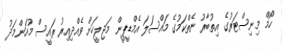
ހޯމް މިނިސްޓަރުގެ އިތުބާރު ނެތްކަމުގެ މައްސަލަ އެމްޑީޕީން މަޖިލީހަށް ވެއްދިއިރު ރައީސް މުހަންމަދު